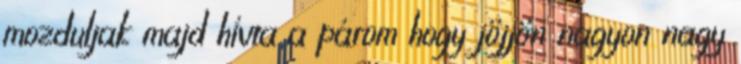
mozduljak majd hívta a párom hogy jöjjön nagyon nagy